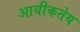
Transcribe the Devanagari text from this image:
आयीकतेय